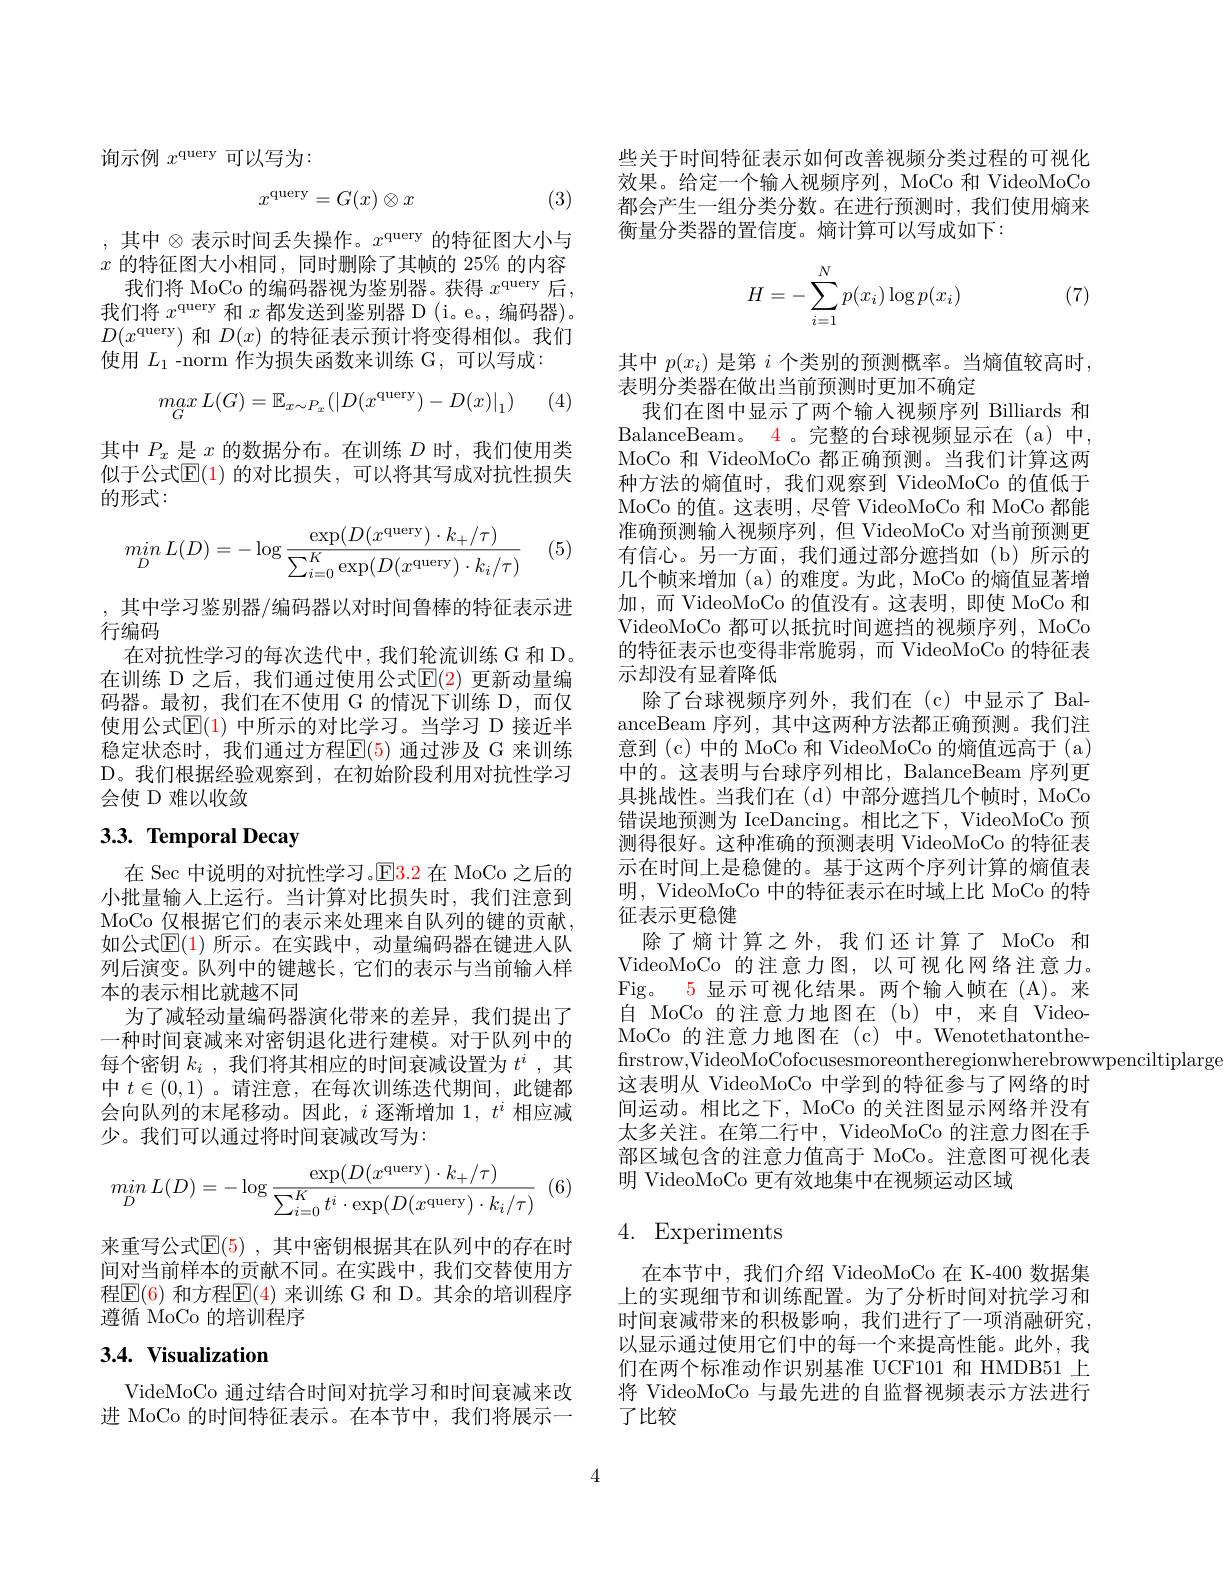
询示例$x^\mathrm{query}$可以写为：
$$x^\text{query}=G(x)\otimes x$$
(3)

, 其中$\otimes$表示时间丢失操作。$x^\mathrm{query}$的特征图大小与$x$的特征图大小相同，同时删除了其帧的 25% 的内容
我们将 MoCo 的编码器视为鉴别器。获得$x^\mathrm{query}$后， 我们将$x^\text{query 和 }x$都发送到鉴别器 D (i。e。, 编码器)。$D(x^\mathrm{query})$和$D(x)$的特征表示预计将变得相似。我们使用$L_1$ -norm 作为损失函数来训练 G,可以写成：
$$max\:L(G)=\mathbb{E}_{x\sim P_x}(|D(x^{\mathrm{query}})-D(x)|_1)$$
(4)

其中$P_x$是$x$的数据分布。在训练$D$时，我们使用类似于公式$\mathbb{E}(1)$ 的对比损失，可以将其写成对抗性损失的形式：

(5)
$$\begin{array}{c}min\:L(D)=-\log\frac{\exp(D(x^\mathrm{query})\cdot k_+/\tau)}{\sum_{i=0}^K\exp(D(x^\mathrm{query})\cdot k_i/\tau)}\end{array}$$
,其中学习鉴别器/编码器以对时间鲁棒的特征表示进
行编码

在对抗性学习的每次迭代中，我们轮流训练 G 和 D。在训练 D 之后，我们通过使用公式$\mathbb{E}(\color{red}2)$ 更新动量编码器。最初，我们在不使用 G 的情况下训练 D,而仅使用公式$\mathbb{E}(1)$ 中所示的对比学习。当学习 D 接近半稳定状态时，我们通过方程E(5) 通过涉及 G 来训练D。我们根据经验观察到，在初始阶段利用对抗性学习会使 D 难以收敛

# 3.3. Temporal Decay

在 Sec 中说明的对抗性学习。$\color{red}{\mathrm{E3.2~在~MoCo~}}$之后的小批量输人上运行。当计算对比损失时，我们注意到MoCo 仅根据它们的表示来处理来自队列的键的贡献， 如公式$\mathbb{E}(1)$ 所示。在实践中，动量编码器在键进人队列后演变。队列中的键越长，它们的表示与当前输人样本的表示相比就越不同
为了减轻动量编码器演化带来的差异，我们提出了一种时间衰减来对密钥退化进行建模。对于队列中的每个密钥$k_i$ ,我们将其相应的时间衰减设置为$t^i$ ,其中$t\in(0,1)$ 。请注意，在每次训练迭代期间，此键都会向队列的末尾移动。因此，$i$逐渐增加$1,t^i$相应减少。我们可以通过将时间衰减改写为：

(6)
$$min_DL(D)=-\log\frac{\exp(D(x^{\mathrm{query}})\cdot k_+/\tau)}{\sum_{i=0}^Kt^i\cdot\exp(D(x^{\mathrm{query}})\cdot k_i/\tau)}$$
来重写公式$\mathbb{E} ( 5)$ , 其 中 密 钥 根 据 其 在 队 列 中 的 存 在 时 间对当前样本的贡献不同。在实践中，我们交替使用方程$\mathbb{E}(6)$ 和方程$\mathbb{E}(4)$ 来训练 G 和 D。其余的培训程序遵循 MoCo 的培训程序

# 3.4. Visualization

VideMoCo 通过结合时间对抗学习和时间衰减来改进 MoCo 的时间特征表示。在本节中，我们将展示一

些关于时间特征表示如何改善视频分类过程的可视化效果。给定一个输入视频序列，MoCo 和 VideoMoCo 都会产生一组分类分数。在进行预测时，我们使用熵来衡量分类器的置信度。熵计算可以写成如下：
$$H=-\sum_{i=1}^Np(x_i)\log p(x_i)$$
(7)

其中$p(x_i)$是第$i$个类别的预测概率。当熵值较高时，
表明分类器在做出当前预测时更加不确定
我们在图中显示了两个输人视频序列 Billiards 和BalanceBeam。4 。完整的台球视频显示在 (a)中， MoCo 和 VideoMoCo 都正确预测。当我们计算这两种方法的熵值时，我们观察到 VideoMoCo 的值低于MoCo 的值。这表明，尽管 VideoMoCo 和 MoCo 都能准确预测输入视频序列，但 VideoMoCo 对当前预测更有信心。另一方面，我们通过部分遮挡如(b)所示的几个帧来增加 (a)的难度。为此，MoCo 的熵值显著增加，而 VideoMoCo 的值没有。这表明，即使 MoCo 和VideoMoCo 都可以抵抗时间遮挡的视频序列，MoCo 的特征表示也变得非常脆弱，而 VideoMoCo 的特征表示却没有显着降低
除了台球视频序列外，我们在(c)中显示了 BalanceBeam 序列，其中这两种方法都正确预测。我们注意到(c)中的 MoCo 和 VideoMoCo 的熵值远高于 (a) 中的。这表明与台球序列相比，BalanceBeam 序列更具挑战性。当我们在(d)中部分遮挡几个帧时，MoCo 错误地预测为 IceDancing。相比之下，VideoMoCo 预测得很好。这种准确的预测表明 VideoMoCo 的特征表示在时间上是稳健的。基于这两个序列计算的熵值表明，VideoMoCo 中的特征表示在时域上比 MoCo 的特征表示更稳健
除了熵计算之外，我们还计算了 MoCo 和VideoMoCo 的注意力图，以可视化网络注意力。Fig。5 显示可视化结果。两个输入帧在(A)。来自 MoCo 的注意力地图在(b)中，来自 VideoMoCo 的注意力地图在(c)中。Wenotethatonthefirstrow,VideoMoCofocusesmoreontheregionwherebrowwpenciltiplarge
这表明从 VideoMoCo 中学到的特征参与了网络的时间运动。相比之下，MoCo 的关注图显示网络并没有太多关注。在第二行中，VideoMoCo 的注意力图在手部区域包含的注意力值高于 MoCo。注意图可视化表明 VideoMoCo 更有效地集中在视频运动区域

## 4. Experiments

在本节中，我们介绍 VideoMoCo 在 K-400 数据集上的实现细节和训练配置。为了分析时间对抗学习和时间衰减带来的积极影响，我们进行了一项消融研究， 以显示通过使用它们中的每一个来提高性能。此外，我们在两个标准动作识别基准 UCF101 和 HMDB51 上将 VideoMoCo 与最先进的自监督视频表示方法进行了比较

4